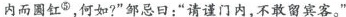
内而圆红^{⑤}，何如?”邹忌日：”请谨门内，不敢留宾客。”